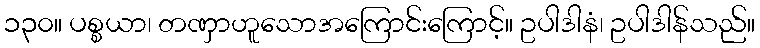
၁၃၀။ ပစ္စယာ၊ တဏှာဟူသောအကြောင်းကြောင့်။ ဥပါဒါနံ၊ ဥပါဒါန်သည်။